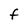
Character: F